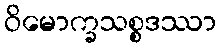
ဝိမောက္ခသစ္စဒဿာ